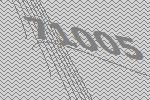
71005